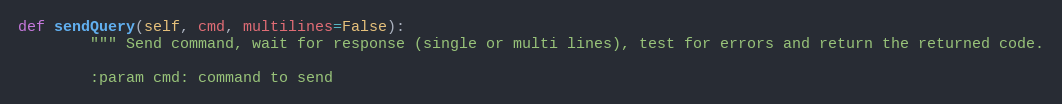
Language: Python
def sendQuery(self, cmd, multilines=False):
        """ Send command, wait for response (single or multi lines), test for errors and return the returned code.

        :param cmd: command to send